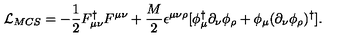
{ \cal L } _ { M C S } = - \frac { 1 } { 2 } F _ { \mu \nu } ^ { \dagger } F ^ { \mu \nu } + \frac { M } { 2 } \epsilon ^ { \mu \nu \rho } [ \phi _ { \mu } ^ { \dagger } \partial _ { \nu } \phi _ { \rho } + \phi _ { \mu } ( \partial _ { \nu } \phi _ { \rho } ) ^ { \dagger } ] .